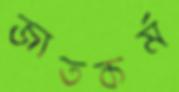
জাতকর্ম